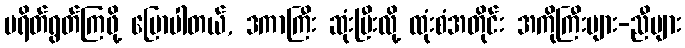
ပရိတ်ရွတ်ကြဖို့ ပြောပါတယ်, ဒကာကြီး ဆုံးပြီးလို့ ထုံးစံအတိုင်း အကိုကြီးများ-ညီများ